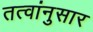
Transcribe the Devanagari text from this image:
तत्वांनुसार